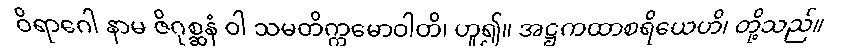
ဝိရာဂေါ နာမ ဇိဂုစ္ဆနံ ဝါ သမတိက္ကမောဝါတိ၊ ဟူ၍။ အဋ္ဌကထာစရိယေဟိ၊ တို့သည်။